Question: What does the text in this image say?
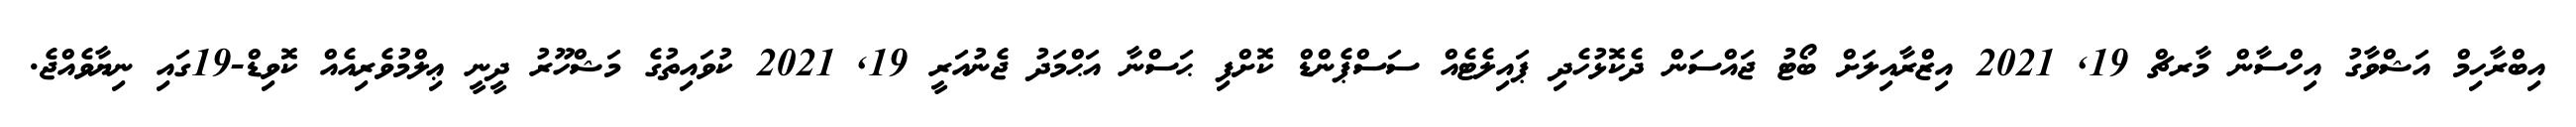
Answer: އިބްރާހިމް އަޝްވާގު އިހްސާން މާރޗް 19, 2021 އިޒްރާއިލަށް ބޯޓު ޖައްސަން ދެކޮޅުހެދި ޕައިލެޓެއް ސަސްޕެންޑް ކޮށްފި ޙަސްނާ އަޙްމަދު ޖެނުއަރީ 19, 2021 ކުވައިތުގެ މަޝްހޫރު ދީނީ ޢިލްމުވެރިއެއް ކޮވިޑް-19ގައި ނިޔާވެއްޖެ.